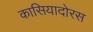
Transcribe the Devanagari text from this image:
कासियादोरस